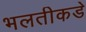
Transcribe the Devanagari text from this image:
भलतीकडे